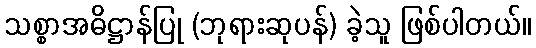
သစ္စာအဓိဋ္ဌာန်ပြု (ဘုရားဆုပန်) ခဲ့သူ ဖြစ်ပါတယ်။